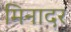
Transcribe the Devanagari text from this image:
मिनादर